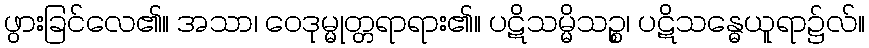
ဖွားခြင်လေ၏။ အသာ၊ ဝေဒုမ္မုတ္တရာရား၏။ ပဋိသမ္မိသဉ္စ၊ ပဋိသန္ဓေယူရာ၌လ်။